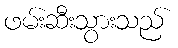
ဖမ်းဆီးသွားသည်